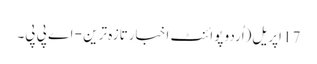
17 اپریل(اُردو پوائنٹ اخبارتازہ ترین - اے پی پی۔